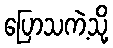
ပြောသကဲ့သို့